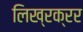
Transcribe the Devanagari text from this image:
लिख्रक्रर